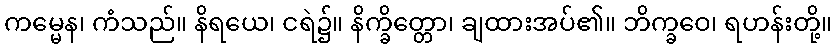
ကမ္မေန၊ ကံသည်။ နိရယေ၊ ငရဲ၌။ နိက္ခိတ္တော၊ ချထားအပ်၏။ ဘိက္ခဝေ၊ ရဟန်းတို့။